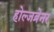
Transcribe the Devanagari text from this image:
होल्जब्रेनर